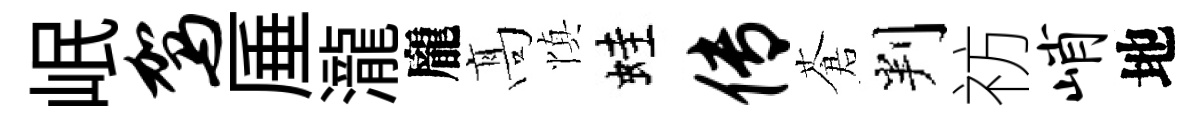
岷驾厜瀧龐髙慎蛙传蒼判祊峭地